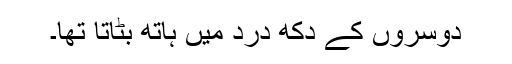
دوسروں کے دکھ درد میں ہاتھ بٹاتا تھا۔